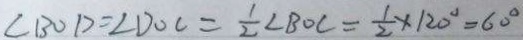
\angle B O D = \angle D O C = \frac { 1 } { 2 } \angle B O C = \frac { 1 } { 2 } \times 1 2 0 ^ { \circ } = 6 0 ^ { \circ }